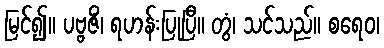
မြင်၍။ ပဗ္ဗဇိံ၊ ရဟန်းပြုပြီ။ တွံ၊ သင်သည်။ စရေဝ၊